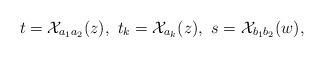
LaTeX: \begin{align*}t = {\mathcal X}_{a_1a_2}(z),\ t_k = {\mathcal X}_{a_k}(z),\ s = {\mathcal X}_{b_1b_2}(w),\end{align*}